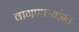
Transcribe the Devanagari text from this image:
वागणाऱ्यांना